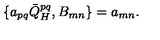
\{ a _ { p q } \bar { Q } _ { H } ^ { p q } , B _ { m n } \} = a _ { m n } .